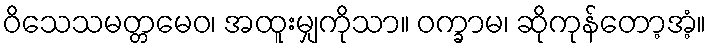
ဝိသေသမတ္တမေဝ၊ အထူးမျှကိုသာ။ ဝက္ခာမ၊ ဆိုကုန်တော့အံ့။